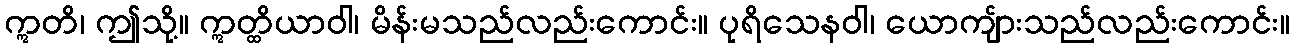
ဣတိ၊ ဤသို့။ ဣတ္ထိယာဝါ၊ မိန်းမသည်လည်းကောင်း။ ပုရိသေနဝါ၊ ယောကျ်ားသည်လည်းကောင်း။